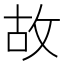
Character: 故